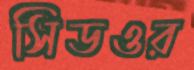
সিডওর